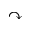
\curvearrowright